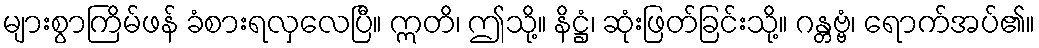
များစွာကြိမ်ဖန် ခံစားရလှလေပြီ။ ဣတိ၊ ဤသို့။ နိဋ္ဌံ၊ ဆုံးဖြတ်ခြင်းသို့။ ဂန္တဗ္ဗံ၊ ရောက်အပ်၏။